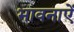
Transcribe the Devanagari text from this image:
भावनाऐं